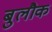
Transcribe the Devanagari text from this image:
बुलौक